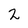
Character: 2